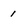
Character: 1